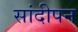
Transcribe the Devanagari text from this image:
सांदीपन